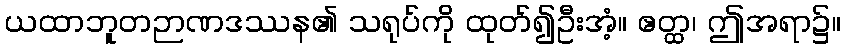
ယထာဘူတဉာဏဒဿန၏ သရုပ်ကို ထုတ်၍ဦးအံ့။ ဧတ္ထ၊ ဤအရာ၌။